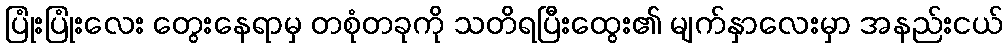
ပြုံးပြုံးလေး တွေးနေရာမှ တစုံတခုကို သတိရပြီးထွေး၏ မျက်နှာလေးမှာ အနည်းငယ်